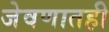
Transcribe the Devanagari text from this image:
जेवणातही